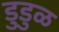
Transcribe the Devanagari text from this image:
डुडुळ